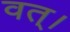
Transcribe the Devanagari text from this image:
वत्।